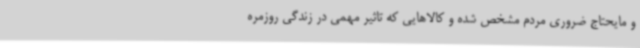
و مایحتاج ضروری مردم مشخص شده و کالاهایی که تاثیر مهمی در زندگی روزمره